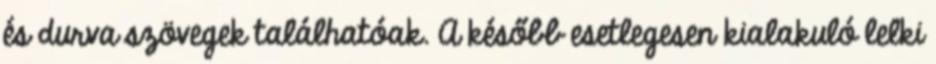
és durva szövegek találhatóak. A később esetlegesen kialakuló lelki